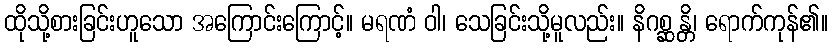
ထိုသို့စားခြင်းဟူသော အကြောင်းကြောင့်။ မရဏံ ဝါ၊ သေခြင်းသို့မူလည်း။ နိဂစ္ဆန္တိ၊ ရောက်ကုန်၏။